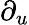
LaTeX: \partial_{u}